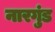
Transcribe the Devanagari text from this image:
नारगुंड